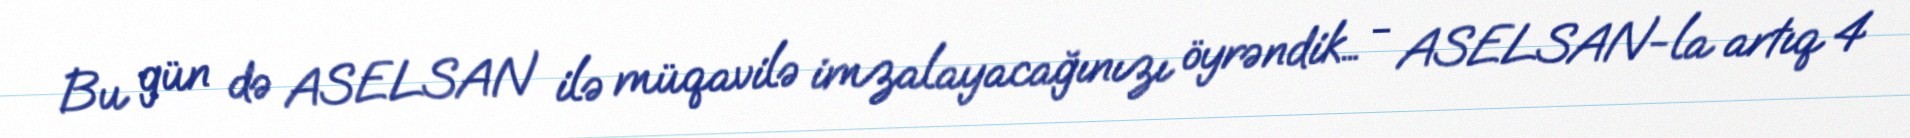
Bu gün də ASELSAN ilə müqavilə imzalayacağınızı öyrəndik… - ASELSAN-la artıq 4